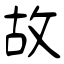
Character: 故